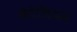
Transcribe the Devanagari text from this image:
सेटेशियन